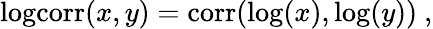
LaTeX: \begin{array}{r}{\mathrm{logcorr}(x,y)=\mathrm{corr}(\log(x),\log(y))\ ,}\end{array}